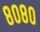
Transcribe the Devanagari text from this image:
८०८०